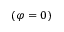
( \varphi = 0 )